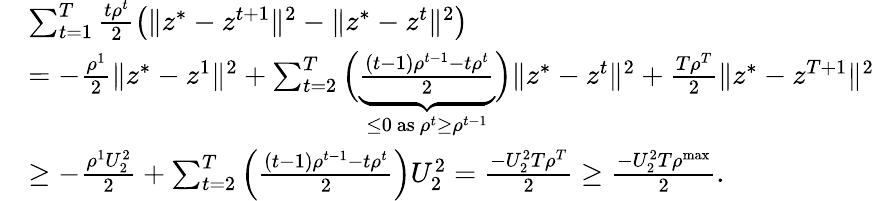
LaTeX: \begin{array}{rl}&{\sum_{t=1}^{T}\frac{t\rho^{t}}{2}\big(\| z^{*}-z^{t+1}\| ^{2}-\| z^{*}-z^{t}\| ^{2}\big)}\\ &{=-\frac{\rho^{1}}{2}\| z^{*}-z^{1}\| ^{2}+\sum_{t=2}^{T}\Big(\underbrace{\frac{(t-1)\rho^{t-1}-t\rho^{t}}{2}}_{\leq 0\mathrm{~as~}\rho^{t}\geq\rho^{t-1}}\Big)\| z^{*}-z^{t}\| ^{2}+\frac{T\rho^{T}}{2}\| z^{*}-z^{T+1}\| ^{2}}\\ &{\geq-\frac{\rho^{1}U_{2}^{2}}{2}+\sum_{t=2}^{T}\Big(\frac{(t-1)\rho^{t-1}-t\rho^{t}}{2}\Big)U_{2}^{2}=\frac{-U_{2}^{2}T\rho^{T}}{2}\geq\frac{-U_{2}^{2}T\rho^{\mathrm{max}}}{2}.}\end{array}